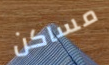
مساكن